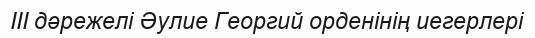
III дәрежелі Әулие Георгий орденінің иегерлері